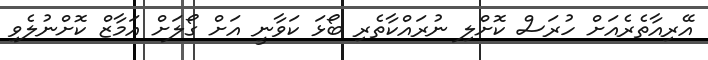
އޭރިއާތެރެއަށް ހުރަސް ކޮށްލި ނުރައްކާތެރި ބޯޅަ ކަވާނީ އަށް ގޯލަށް އަމާޒް ކޮށްނުލެވި